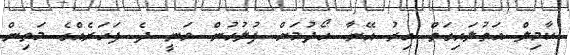
ކާމިލް އަތުލައިގަތް އިރު އޭނާ ހޯދުމަށް ފުލުހުން ވަނީ ދެ ފަހަރެއްގެ މަތިން